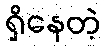
ရှိနေတဲ့